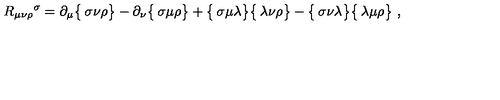
R _ { \mu \nu \rho } { } ^ { \sigma } = \partial _ { \mu } \bigl \{ \begin{matrix} { \sigma } \\ { \nu \rho } \\ \end{matrix} \bigr \} - \partial _ { \nu } \bigl \{ \begin{matrix} { \sigma } \\ { \mu \rho } \\ \end{matrix} \bigr \} + \bigl \{ \begin{matrix} { \sigma } \\ { \mu \lambda } \\ \end{matrix} \bigr \} \bigl \{ \begin{matrix} { \lambda } \\ { \nu \rho } \\ \end{matrix} \bigr \} - \bigl \{ \begin{matrix} { \sigma } \\ { \nu \lambda } \\ \end{matrix} \bigr \} \bigl \{ \begin{matrix} { \lambda } \\ { \mu \rho } \\ \end{matrix} \bigr \} \ ,